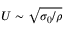
U \sim \sqrt { \sigma _ { 0 } / \rho }